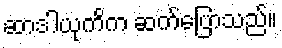
ဆာဒါယုကိက ဆက်ပြောသည်။